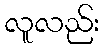
လူလည်း